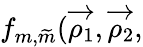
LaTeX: f_{m,\widetilde{m}}(\overrightarrow{\rho_{1}},\overrightarrow{\rho_{2}},